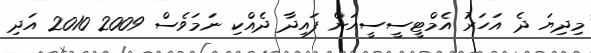
މިދިޔަ ދެ އަހަރު އެމްޓީސީސީއަށް ފައިދާ ދެއްކި ނަމަވެސް 2009 2010 އަދި